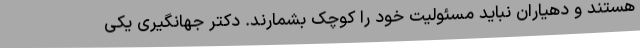
هستند و دهیاران نباید مسئولیت خود را کوچک بشمارند. دکتر جهانگیری یکی